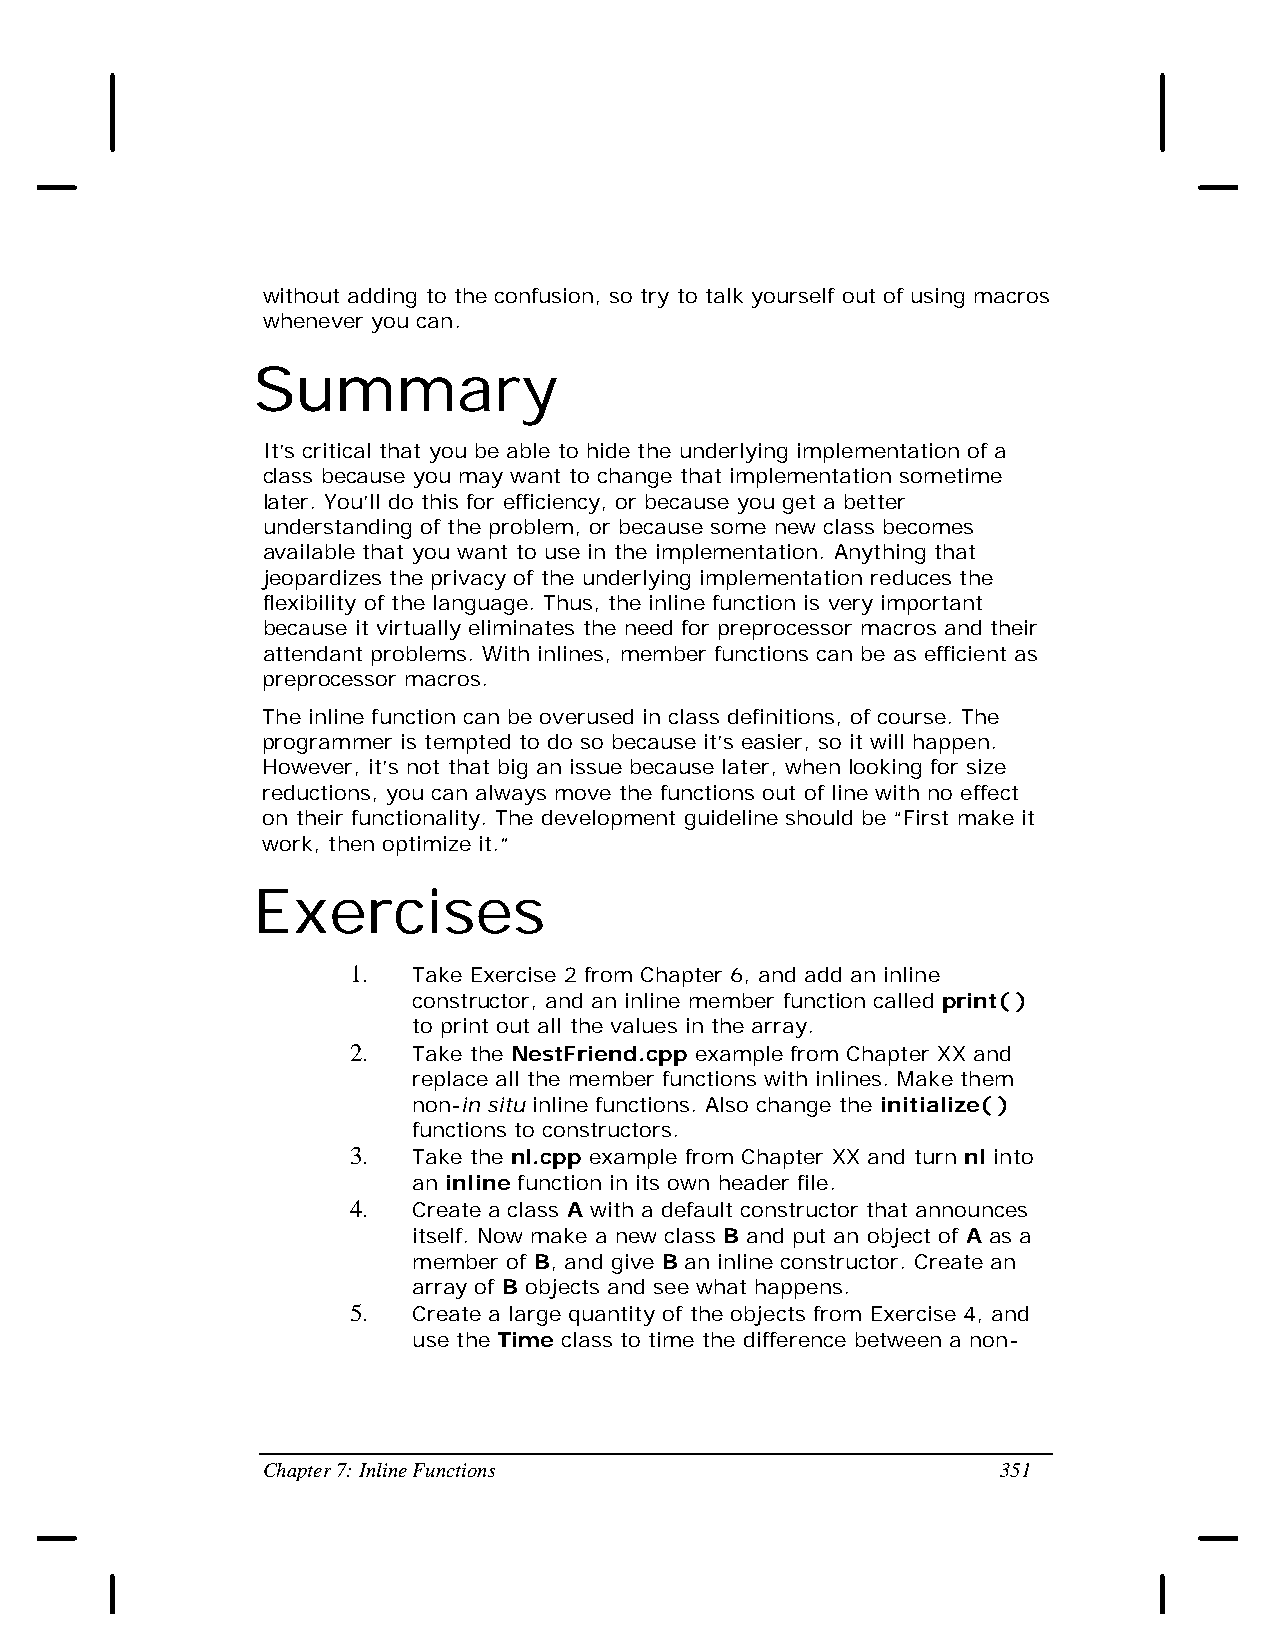
without adding to the confusion, so try to talk yourself out of using macros
 whenever you can.
 Summary
 It’s critical that you be able to hide the underlying implementation of a
 class because you may want to change that implementation sometime
 later. You’ll do this for efficiency, or because you get a better
 understanding of the problem, or because some new class becomes
 available that you want to use in the implementation. Anything that
 jeopardizes the privacy of the underlying implementation reduces the
 flexibility of the language. Thus, the inline function is very important
 because it virtually eliminates the need for preprocessor macros and their
 attendant problems. With inlines, member functions can be as efficient as
 preprocessor macros.
 The inline function can be overused in class definitions, of course. The
 programmer is tempted to do so because it’s easier, so it will happen.
 However, it’s not that big an issue because later, when looking for size
 reductions, you can always move the functions out of line with no effect
 on their functionality. The development guideline should be “First make it
 work, then optimize it.”
 Exercises
 1.  Take Exercise 2 from Chapter 6, and add an inline
 constructor, and an inline member function called print( )
 to print out all the values in the array.
 2.  Take the NestFriend.cpp example from Chapter XX and
 replace all the member functions with inlines. Make them
 non-in situ inline functions. Also change the initialize( )
 functions to constructors.
 3.  Take the nl.cpp example from Chapter XX and turn nl into
 an inline function in its own header file.
 4.  Create a class A with a default constructor that announces
 itself. Now make a new class B and put an object of A as a
 member of B, and give B an inline constructor. Create an
 array of B objects and see what happens.
 5.  Create a large quantity of the objects from Exercise 4, and
 use the Time class to time the difference between a non-
 Chapter 7: Inline Functions                      351